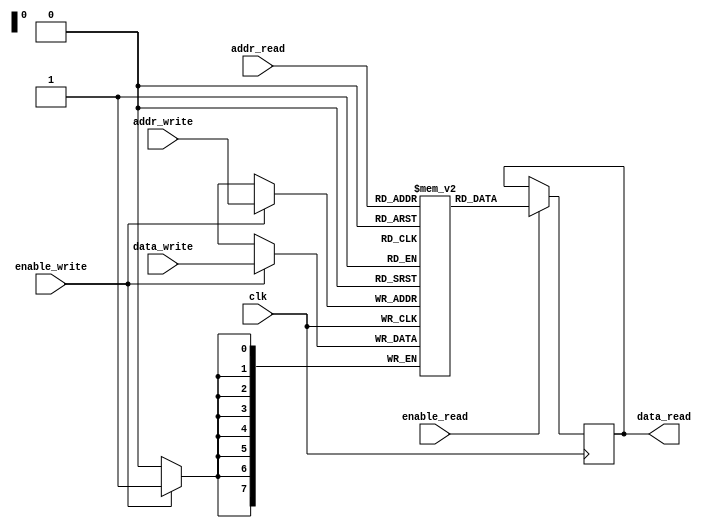
module dual_port_ram (
    input wire clk,
    input wire [7:0] addr_read,
    output reg [7:0] data_read,
    input wire enable_read,
    input wire [7:0] addr_write,
    input wire [7:0] data_write,
    input wire enable_write
);

reg [7:0] mem [0:255]; // Create 256x8 bit dual-port RAM

always @(posedge clk) begin
    if (enable_read) begin
        data_read <= mem[addr_read];
    end
    if (enable_write) begin
        mem[addr_write] <= data_write;
    end
end

endmodule